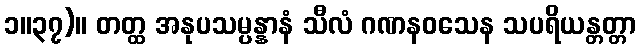
၁။၃၇)။ တတ္ထ အနုပသမ္ပန္နာနံ သီလံ ဂဏနဝသေန သပရိယန္တတ္တာ